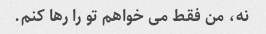
نه، من فقط می خواهم تو را رها کنم.